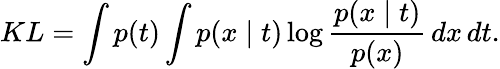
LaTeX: KL=\int p(t)\int p(x\mid t)\log{\frac{p(x\mid t)}{p(x)}}\, dx\, dt.